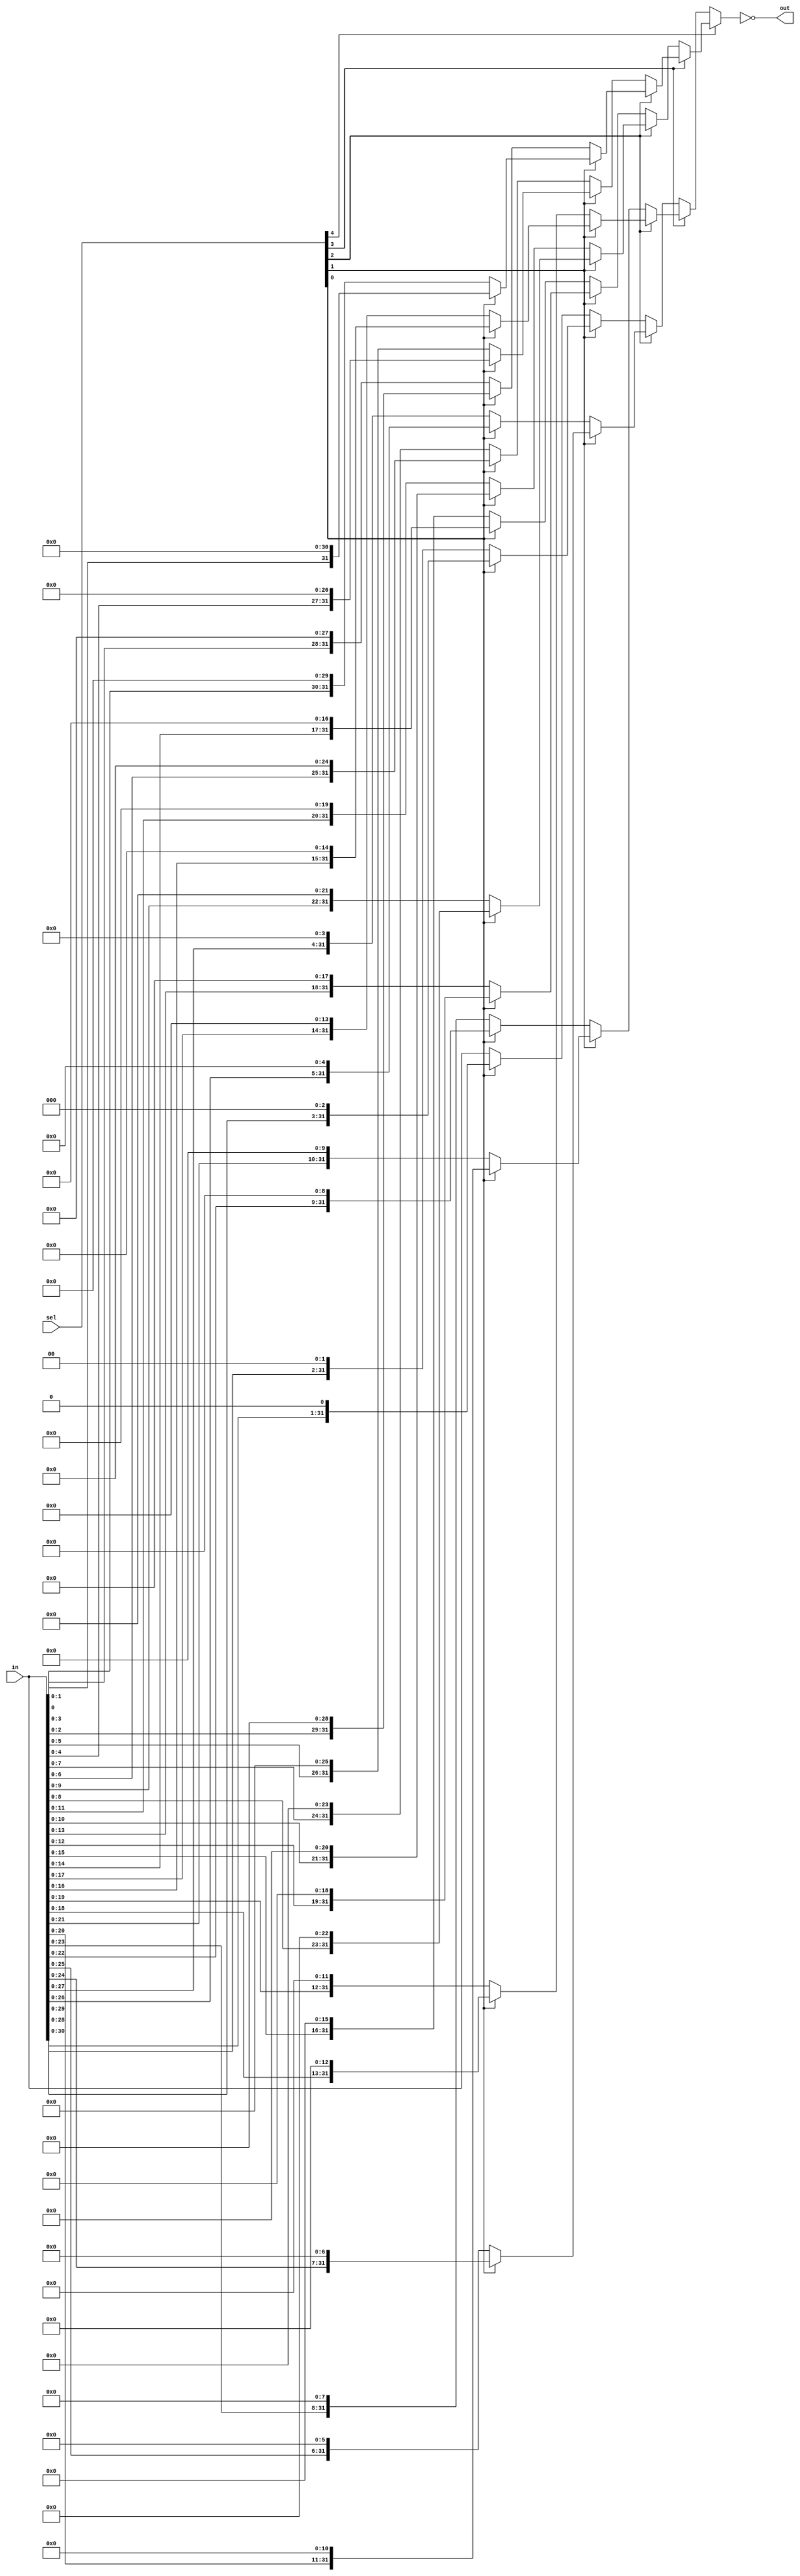
module shiftMux32(in, sel, out);
	input [31:0] in;
	input [7:0] sel;
	output [31:0] out;
	
	wire [31:0] p00, p01, p02, p03, p04, p05, p06, p07;
	wire [31:0] p08, p09, p10, p11, p12, p13, p14, p15;
	wire [31:0] p16, p17, p18, p19, p20, p21, p22, p23;
	wire [31:0] p24, p25, p26, p27, p28, p29, p30, p31;
	
	assign p00 = in << 5'b00000;
	assign p01 = in << 5'b00001;
	assign p02 = in << 5'b00010;
	assign p03 = in << 5'b00011;
	assign p04 = in << 5'b00100;
	assign p05 = in << 5'b00101;
	assign p06 = in << 5'b00110;
	assign p07 = in << 5'b00111;
	
	assign p08 = in << 5'b01000;
	assign p09 = in << 5'b01001;
	assign p10 = in << 5'b01010;
	assign p11 = in << 5'b01011;
	assign p12 = in << 5'b01100;
	assign p13 = in << 5'b01101;
	assign p14 = in << 5'b01110;
	assign p15 = in << 5'b01111;
	
	assign p16 = in << 5'b10000;
	assign p17 = in << 5'b10001;
	assign p18 = in << 5'b10010;
	assign p19 = in << 5'b10011;
	assign p20 = in << 5'b10100;
	assign p21 = in << 5'b10101;
	assign p22 = in << 5'b10110;
	assign p23 = in << 5'b10111;

	assign p24 = in << 5'b11000;
	assign p25 = in << 5'b11001;
	assign p26 = in << 5'b11010;
	assign p27 = in << 5'b11011;
	assign p28 = in << 5'b11100;
	assign p29 = in << 5'b11101;
	assign p30 = in << 5'b11110;
	assign p31 = in << 5'b11111;
	
	assign out = ~(sel[4] ? 
						(sel[3] ? 
							(sel[2] ? 
								(sel[1] ? 
									(sel[0] ? p31 : p30) :
									(sel[0] ? p29 : p28)) :
								(sel[1] ?
									(sel[0] ? p27 : p26) :
									(sel[0] ? p25 : p24))) : 
							(sel[2] ? 
								(sel[1] ? 
									(sel[0] ? p23 : p22) :
									(sel[0] ? p21 : p20)) :
								(sel[1] ?
									(sel[0] ? p19 : p18) :
									(sel[0] ? p17 : p16)))) : 
						(sel[3] ? 
							(sel[2] ? 
								(sel[1] ? 
									(sel[0] ? p15 : p14) :
									(sel[0] ? p13 : p12)) :
								(sel[1] ?
									(sel[0] ? p11 : p10) :
									(sel[0] ? p09 : p08))) : 
							(sel[2] ? 
								(sel[1] ? 
									(sel[0] ? p07 : p06) :
									(sel[0] ? p05 : p04)) :
								(sel[1] ?
									(sel[0] ? p03 : p02) :
									(sel[0] ? p01 : p00)))));
endmodule